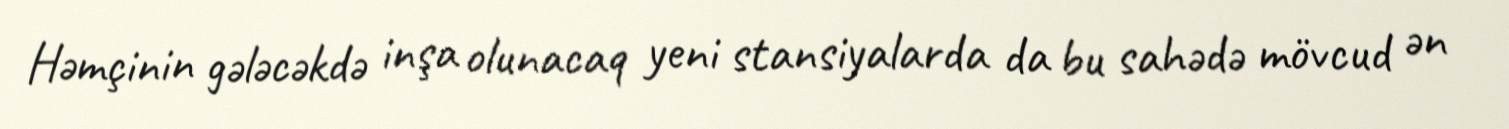
Həmçinin gələcəkdə inşa olunacaq yeni stansiyalarda da bu sahədə mövcud ən